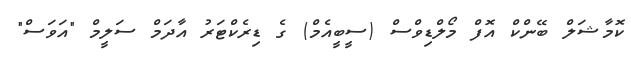
ކޮމާޝަލް ބޭންކް އޮފް މޯލްޑިވްސް (ސީބީއެމް) ގެ ޑިރެކްޓަރު އާދަމް ސަލީމް "އަވަސް"